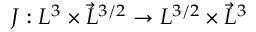
J : L ^ { 3 } \times \vec { L } ^ { 3 / 2 } \to L ^ { 3 / 2 } \times \vec { L } ^ { 3 }